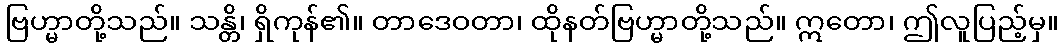
ဗြဟ္မာတို့သည်။ သန္တိ၊ ရှိကုန်၏။ တာဒေဝတာ၊ ထိုနတ်ဗြဟ္မာတို့သည်။ ဣတော၊ ဤလူပြည့်မှ။